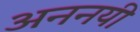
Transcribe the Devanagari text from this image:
अननयी